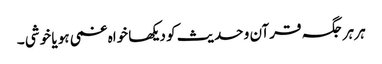
ہر ہر جگہ قرآن و حدیث کو دیکھا خواہ غمی ہو یا خوشی ۔